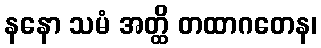
နနော သမံ အတ္ထိ တထာဂတေန၊